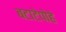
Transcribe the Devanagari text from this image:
बटाटेपोहे